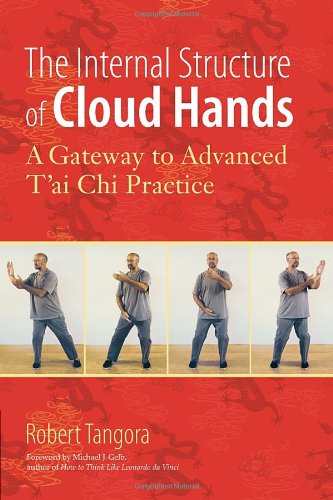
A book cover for The Internal Structure of Cloud Hands: A Gateway to Advanced T'ai Chi Practice; Robert Tangora; Health, Fitness & Dieting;